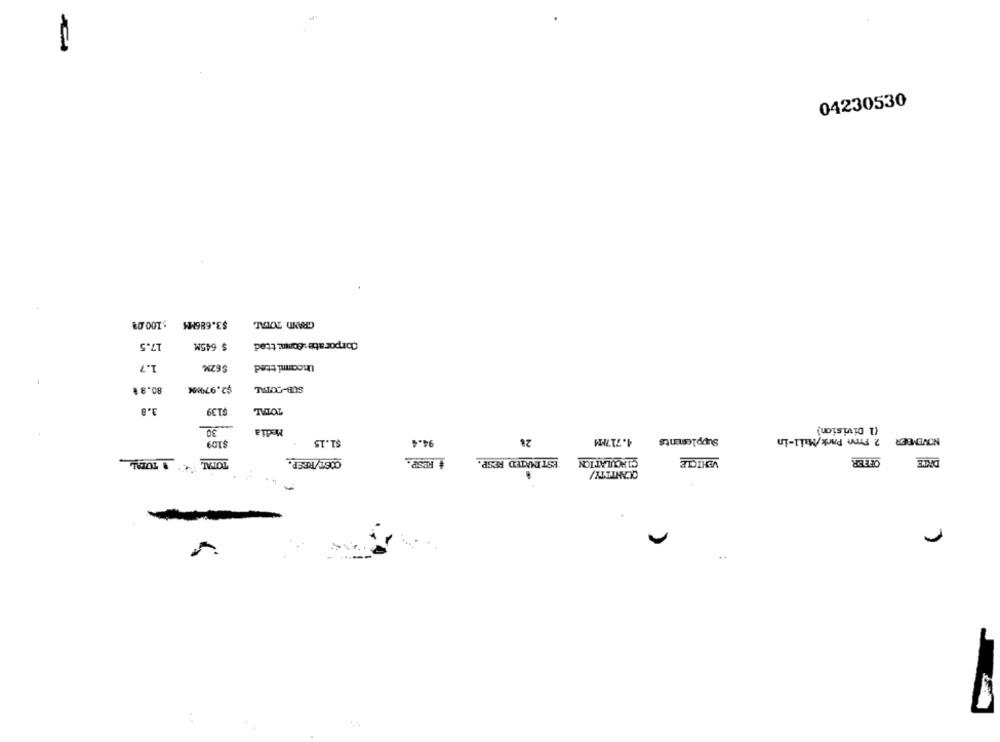
04230530
$100.08
$3.686M%
GRANDI TOTAL
17.5
$ 645M
Corporate:Committed
1.7
$62M.
Uncommitted
$2.979M
SUB-TOTAL
80.8 €
3.8
$1.39
TOTAL
.30
Media
(1 Division)
Supplements
2 Frnn Park/Mail-in
NOVEMBER
$109
$1.15
94.4
28
4.717PM
OOST/RESP.
+ RESP.
ESTIMATED RESP.
CIRCULATION
VEHICLE
OFFER
TOTAL
QUANTITY/